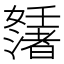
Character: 𡤊